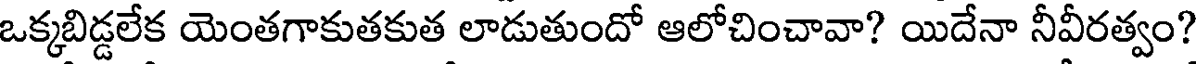
ఒక్కబిడ్డలేక యెంతగాకుతకుత లాడుతుందో ఆలోచించావా? యిదేనా నీవీరత్వం?